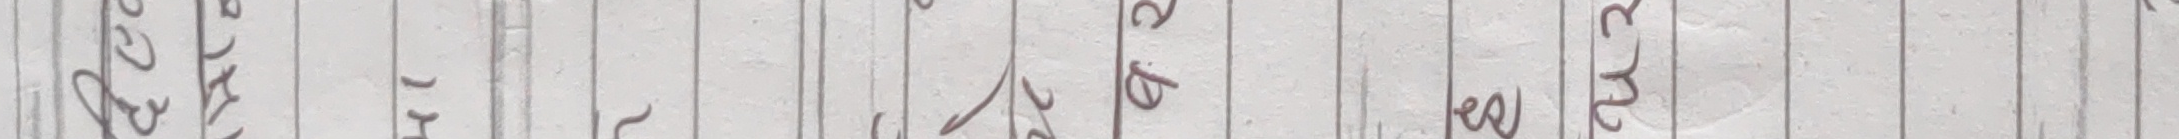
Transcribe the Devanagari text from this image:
२०५५ पुस ०६ रोज ४